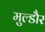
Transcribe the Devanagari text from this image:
मुल्डौर